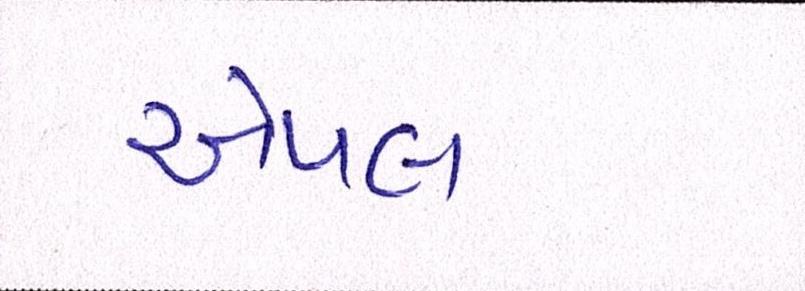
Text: એપલ